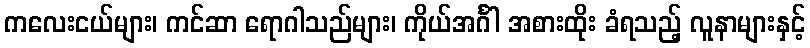
ကလေးငယ်များ၊ ကင်ဆာ ရောဂါသည်များ၊ ကိုယ်အင်္ဂါ အစားထိုး ခံရသည့် လူနာများနှင့်